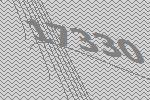
17330